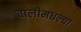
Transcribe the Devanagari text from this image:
चालीमधल्या